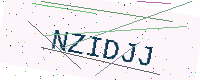
Text: NZIDJJ